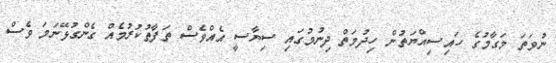
ނުވަތަ މަގާމުގެ ހައިސިއްޔަތުން ހިދުމަތް ދިނުމުގައި ސިޔާސީ އެއްވެސް ތަފާތުކުރުމެއް ގެންގުޅޭނަމަ ވެސް